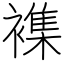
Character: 襍